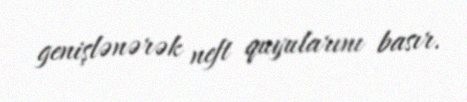
genişlənərək neft quyularını basır.